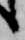
候